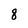
Character: 8